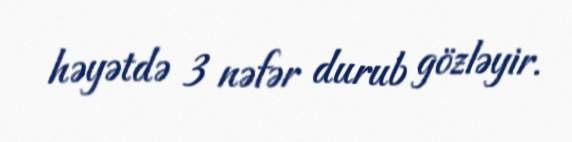
həyətdə 3 nəfər durub gözləyir.